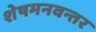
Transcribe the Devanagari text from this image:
शेषमनवन्तर